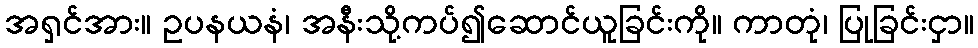
အရှင်အား။ ဥပနယနံ၊ အနီးသို့ကပ်၍ဆောင်ယူခြင်းကို။ ကာတုံ၊ ပြုခြင်းငှာ။